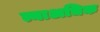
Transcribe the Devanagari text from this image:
त्याअधिक